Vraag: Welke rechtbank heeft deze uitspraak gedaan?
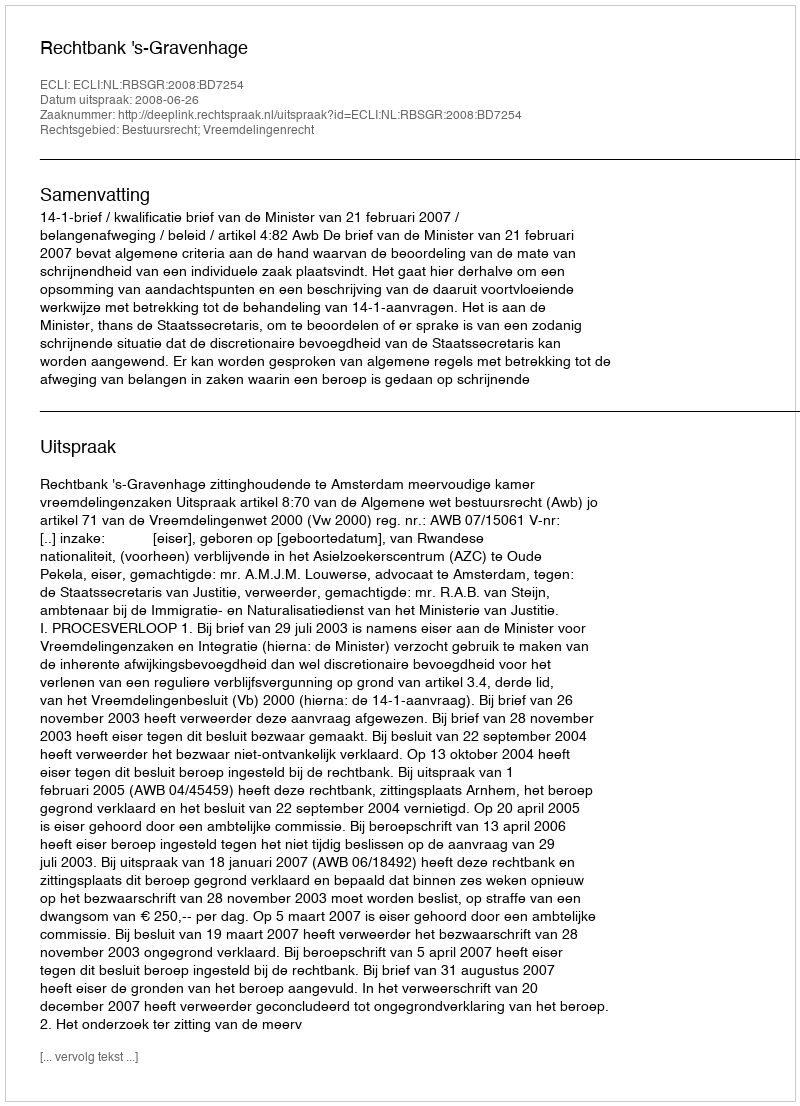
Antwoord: Rechtbank 's-Gravenhage